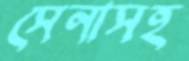
সেনাসহ